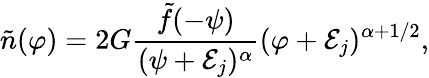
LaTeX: \tilde{n}(\varphi)=2G{\frac{\tilde{f}(-\psi)}{(\psi+{\cal E}_{j})^{\alpha}}}(\varphi+{\cal E}_{j})^{\alpha+1/2},